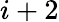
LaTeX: i+2